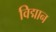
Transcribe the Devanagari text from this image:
विद्मान